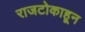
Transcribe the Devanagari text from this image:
राजटोकाहून